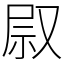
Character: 叞